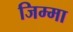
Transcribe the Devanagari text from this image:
जिम्‍मा